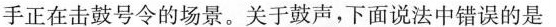
手正在击鼓号令的场景。关于鼓声，下面说法中错误的是